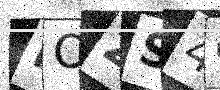
Text: NOZS4O